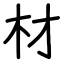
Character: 材